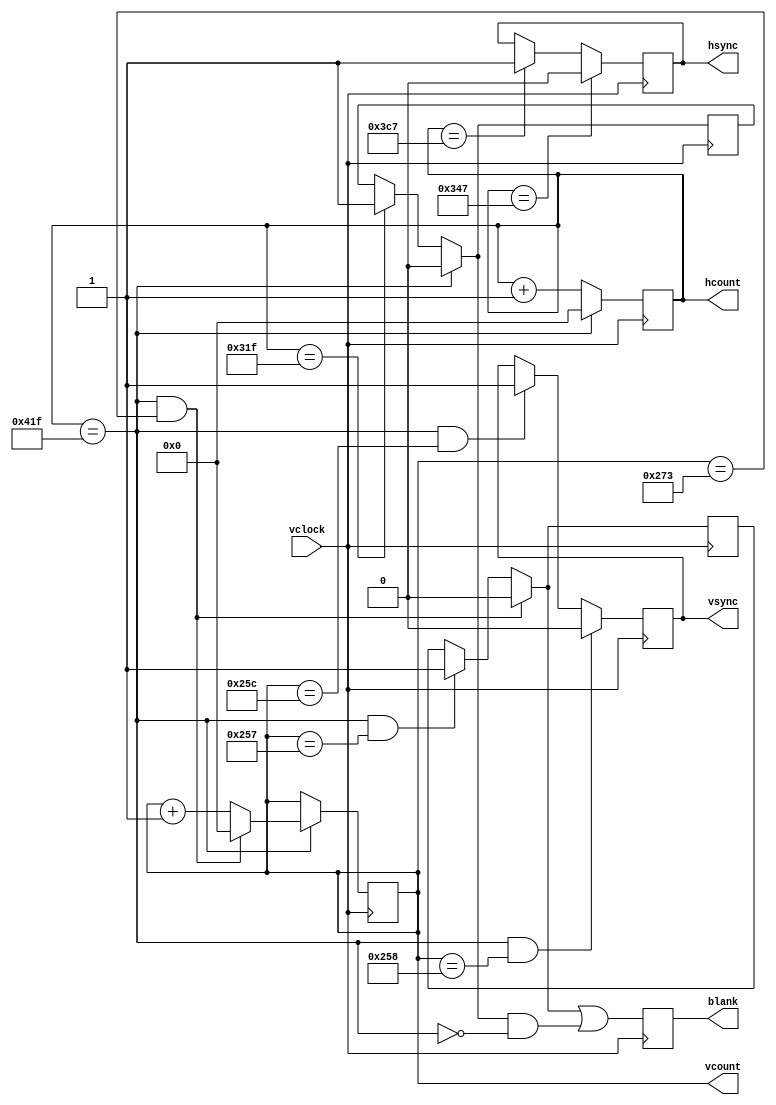
`timescale 1ns / 1ps
//////////////////////////////////////////////////////////////////////////////////
// Company: 
// Engineer: 
// 
// Design Name: 
// Module Name:    xvga 
// Project Name: 
// Target Devices: 
// Tool versions: 
// Description: 
//
// Dependencies: 
//
// Revision: 
// Revision 0.01 - File Created
// Additional Comments: Generate XVGA display signals (1024 x 768 @ 60Hz)
//
//////////////////////////////////////////////////////////////////////////////////
///////////////////////////////////////////////////////////////////////////////
/*
module xvga(vclock,hcount,vcount,hsync,vsync,blank);
   input vclock;
   output [10:0] hcount;
   output [9:0] vcount;
   output 	vsync;
   output 	hsync;
   output 	blank;

   reg 	  hsync,vsync,hblank,vblank,blank;
   reg [10:0] 	 hcount;    // pixel number on current line
   reg [10:0] vcount;	 // line number

   // horizontal: 1344 pixels total
   // display 1024 pixels per line
   wire      hsyncon,hsyncoff,hreset,hblankon;
   assign    hblankon = (hcount == 1023);    
   assign    hsyncon = (hcount == 1047);
   assign    hsyncoff = (hcount == 1183);
   assign    hreset = (hcount == 1343);

   // vertical: 806 lines total
   // display 768 lines
   wire      vsyncon,vsyncoff,vreset,vblankon;
   assign    vblankon = hreset & (vcount == 767);    
   assign    vsyncon = hreset & (vcount == 776);
   assign    vsyncoff = hreset & (vcount == 782);
   assign    vreset = hreset & (vcount == 805);

   // sync and blanking
   wire      next_hblank,next_vblank;
   assign next_hblank = hreset ? 0 : hblankon ? 1 : hblank;
   assign next_vblank = vreset ? 0 : vblankon ? 1 : vblank;
   always @(posedge vclock) begin
      hcount <= hreset ? 0 : hcount + 1;
      hblank <= next_hblank;
      hsync <= hsyncon ? 0 : hsyncoff ? 1 : hsync;  // active low

      vcount <= hreset ? (vreset ? 0 : vcount + 1) : vcount;
      vblank <= next_vblank;
      vsync <= vsyncon ? 0 : vsyncoff ? 1 : vsync;  // active low

      blank <= next_vblank | (next_hblank & ~hreset);
   end
endmodule
*/


///////////////////////////////////////////////////////////////////////////////
// xvga: Generate XVGA display signals (800 x 600 @ 60Hz)

module xvga(vclock,hcount,vcount,hsync,vsync,blank);
   input vclock;
   output [10:0] hcount;
   output [10:0] vcount;
   output 	vsync;
   output 	hsync;
   output 	blank;

   reg 	  hsync,vsync,hblank,vblank,blank;
   reg [10:0] 	 hcount;    // pixel number on current line
   reg [10:0] vcount;	 // line number

   // horizontal: 1056 pixels total
   // display 800 pixels per line
   wire      hsyncon,hsyncoff,hreset,hblankon;
   assign    hblankon = (hcount == 799);//active vid    
   assign    hsyncon = (hcount == 839);//active vid+fr porch
   assign    hsyncoff = (hcount == 967);//active vid+fr porch+sync pulse
   assign    hreset = (hcount == 1055);//active vid+fr porch+sync pulse+bk porch

   // vertical: 628 lines total
   // display 600 lines
   wire      vsyncon,vsyncoff,vreset,vblankon;
   assign    vblankon = hreset & (vcount == 599);
   assign    vsyncon = hreset & (vcount == 600);
   assign    vsyncoff = hreset & (vcount == 604);
   assign    vreset = hreset & (vcount == 627);

   // sync and blanking
   wire      next_hblank,next_vblank;
   assign next_hblank = hreset ? 0 : hblankon ? 1 : hblank;
   assign next_vblank = vreset ? 0 : vblankon ? 1 : vblank;
   always @(posedge vclock) begin
      hcount <= hreset ? 0 : hcount + 1;
      hblank <= next_hblank;
      hsync <= hsyncon ? 0 : hsyncoff ? 1 : hsync;  // active low

      vcount <= hreset ? (vreset ? 0 : vcount + 1) : vcount;
      vblank <= next_vblank;
      vsync <= vsyncon ? 0 : vsyncoff ? 1 : vsync;  // active low

      blank <= next_vblank | (next_hblank & ~hreset);
   end
endmodule


///////////////////////////////////////////////////////////////////////////////
// xvga: Generate XVGA display signals (640 x 480 @ 60Hz)
/*
module xvga(vclock,hcount,vcount,hsync,vsync,blank);
   input vclock;
   output [10:0] hcount;
   output [10:0] vcount;
   output 	vsync;
   output 	hsync;
   output 	blank;

   reg 	  hsync,vsync,hblank,vblank,blank;
   reg [10:0] 	 hcount;    // pixel number on current line
   reg [10:0] vcount;	 // line number

   // horizontal: 1056 pixels total
   // display 800 pixels per line
   wire      hsyncon,hsyncoff,hreset,hblankon;
   assign    hblankon = (hcount == 639);    
   assign    hsyncon = (hcount == 655);
   assign    hsyncoff = (hcount == 751);
   assign    hreset = (hcount == 799);

   // vertical: 628 lines total
   // display 600 lines
   wire      vsyncon,vsyncoff,vreset,vblankon;
   assign    vblankon = hreset & (vcount == 479);
   assign    vsyncon = hreset & (vcount == 490);
   assign    vsyncoff = hreset & (vcount == 492);
   assign    vreset = hreset & (vcount == 523);

   // sync and blanking
   wire      next_hblank,next_vblank;
   assign next_hblank = hreset ? 0 : hblankon ? 1 : hblank;
   assign next_vblank = vreset ? 0 : vblankon ? 1 : vblank;
   always @(posedge vclock) begin
      hcount <= hreset ? 0 : hcount + 1;
      hblank <= next_hblank;
      hsync <= hsyncon ? 0 : hsyncoff ? 1 : hsync;  // active low

      vcount <= hreset ? (vreset ? 0 : vcount + 1) : vcount;
      vblank <= next_vblank;
      vsync <= vsyncon ? 0 : vsyncoff ? 1 : vsync;  // active low

      blank <= next_vblank | (next_hblank & ~hreset);
   end
endmodule
*/